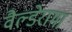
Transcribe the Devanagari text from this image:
वैल्डेरामा